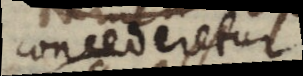
concederetur